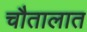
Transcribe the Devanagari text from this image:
चौतालात